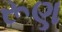
રૂણ